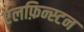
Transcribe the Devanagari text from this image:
एलफ़िन्स्टन